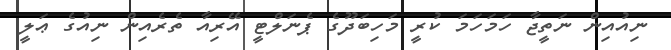
ނިއުއިން ނަތީޖާ ހަމަހަމަ ކުރީ މަހިބަދޫގެ ޕެނަލްޓީ އޭރިއާ ތެރެއިން ނިއުގެ ޢަލީ